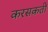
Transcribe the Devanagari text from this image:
करसकती